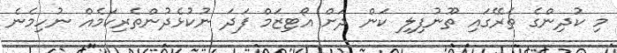
މި ކުދިންގެ ތެރޭގައި ތޫނުފިލި ކަން ދަށް އޯޓިޒަމް ފަދަ ނުކުޅެދުންތެރިކަމެއް ނުހިމެނެ